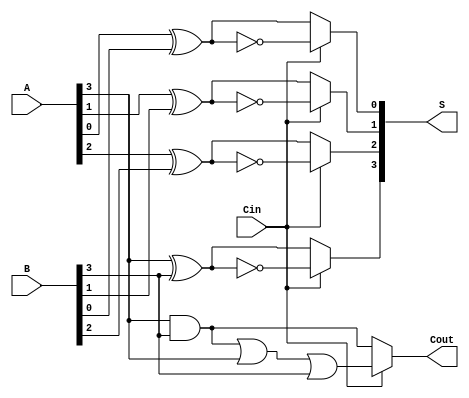
module ConditionalSumAdder #(
    parameter N = 4 // Bit-width of the numbers
)(
    input  [N-1:0] A,       // First n-bit input
    input  [N-1:0] B,       // Second n-bit input
    input        Cin,       // Carry input
    output [N-1:0] S,       // Sum output
    output       Cout       // Carry output
);

    wire [N-1:0] S0;        // Sum assuming carry-in = 0
    wire [N-1:0] S1;        // Sum assuming carry-in = 1
    wire [N-1:0] C0;        // Carry-out assuming carry-in = 0
    wire [N-1:0] C1;        // Carry-out assuming carry-in = 1

    // Full adder logic for each bit
    genvar i;
    generate
        for (i = 0; i < N; i = i + 1) begin : FA
            // Sum assuming carry-in = 0
            assign S0[i] = A[i] ^ B[i] ^ 1'b0; // A[i]  B[i]  0
            // Sum assuming carry-in = 1
            assign S1[i] = A[i] ^ B[i] ^ 1'b1; // A[i]  B[i]  1

            // Carry-out assuming carry-in = 0
            assign C0[i] = (A[i] & B[i]) | (A[i] & 1'b0) | (B[i] & 1'b0); // Generates carry
            // Carry-out assuming carry-in = 1
            assign C1[i] = (A[i] & B[i]) | (A[i] & 1'b1) | (B[i] & 1'b1); // Generates carry
        end
    endgenerate

    // Selecting sum and carry-out based on actual carry-in value
    generate
        for (i = 0; i < N; i = i + 1) begin : MUX_S
            assign S[i] = Cin ? S1[i] : S0[i]; // Select between S0 and S1 based on Cin
        end
    endgenerate

    // Final carry-out
    assign Cout = Cin ? C1[N-1] : C0[N-1]; // Select final carry based on Cin

endmodule